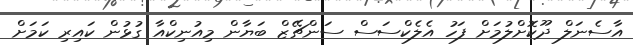
އާސެނަލް ދޫކޮށްލުމަށް ފަހު އެލެކްސަސް ސަންޗޭޒް ބަޔާން މިއުނިކްއާ ގުޅުން ކައިރި ކަމަށް